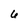
Character: 6